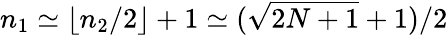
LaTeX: n_{1}\simeq\lfloor n_{2}/2\rfloor+1\simeq(\sqrt{2N+1}+1)/2